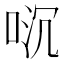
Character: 𫪌